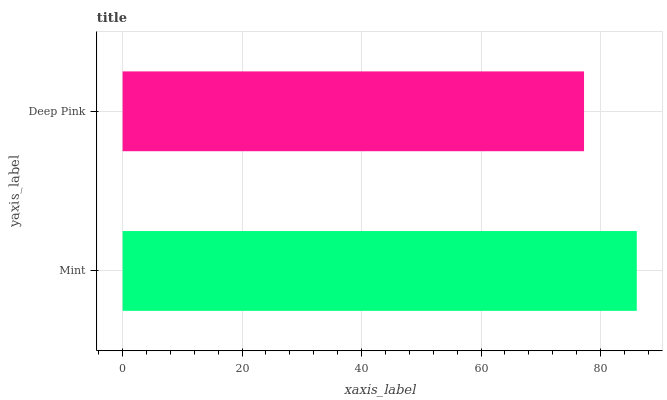
| yaxis_label | bars |
 | --- | --- |
 | Mint | 86.1 |
 | Deep Pink | 77.2 |